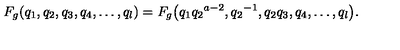
F _ { g } ( q _ { 1 } , q _ { 2 } , q _ { 3 } , q _ { 4 } , \ldots , q _ { l } ) = F _ { g } \bigl ( q _ { 1 } { q _ { 2 } } ^ { a - 2 } , { q _ { 2 } } ^ { - 1 } , q _ { 2 } q _ { 3 } , q _ { 4 } , \ldots , q _ { l } \bigr ) .